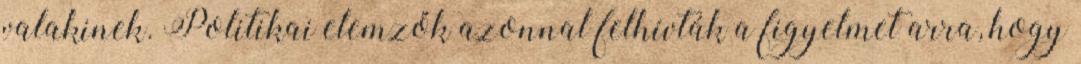
valakinek. Politikai elemzők azonnal felhívták a figyelmet arra, hogy